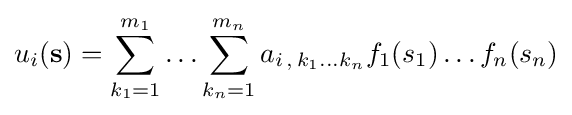
u_{i}(\mathbf {s} )=\sum _{k_{1}=1}^{m_{1}}\ldots \sum _{k_{n}=1}^{m_{n}}a_{i\,,\,k_{1}\ldots k_{n}}f_{1}(s_{1})\ldots f_{n}(s_{n})